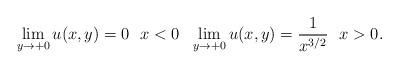
LaTeX: \begin{align*}\lim_{y\to+0}u(x,y)=0~~ x<0~~ \lim_{y\to+0}u(x,y)=\frac 1{x^{3/2}}~~x>0.\end{align*}